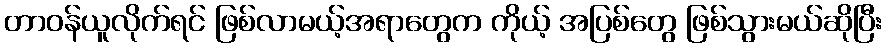
တာဝန်ယူလိုက်ရင် ဖြစ်လာမယ့်အရာတွေက ကိုယ့် အပြစ်တွေ ဖြစ်သွားမယ်ဆိုပြီး